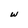
Character: w